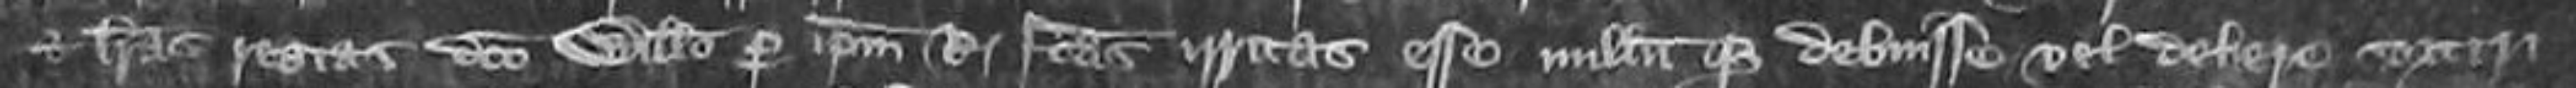
et lettras regias dicto Willelmus per ipsum retgem factus irritas esse nullum que debuisse vel debere sortiri